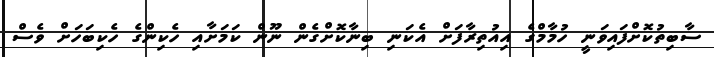
ސާބިތުކޮށްފައިވަނީ ހުމާމްގެ އިއުތިރާފަށް އެކަނި ބިނާކޮށްގެން ނޫން ކަމަށާއި ހެކިންގެ ހެކިބަހަށް ވެސް